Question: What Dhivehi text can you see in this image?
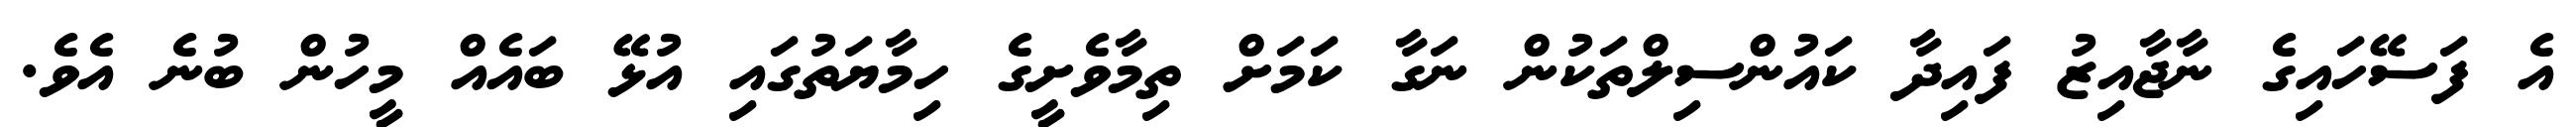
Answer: އެ ފަސޭހައިގެ ނާޖާއިޒު ފައިދާ ކައުންސިލްތަކުން ނަގާ ކަމަށް ތިމާވެށީގެ ހިމާޔަތުގައި އުޅޭ ބައެއް މީހުން ބުނެ އެވެ.